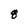
Character: q